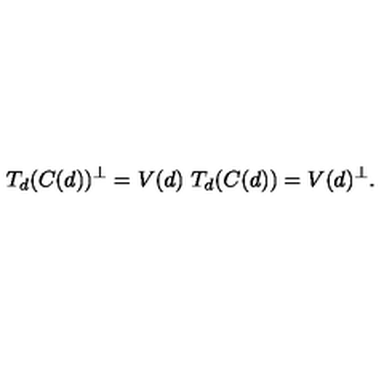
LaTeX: T _ { d } ( C ( d ) ) ^ { \perp } = V ( d ) \ T _ { d } ( C ( d ) ) = V ( d ) ^ { \perp } .